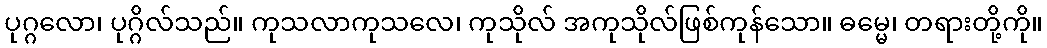
ပုဂ္ဂလော၊ ပုဂ္ဂိလ်သည်။ ကုသလာကုသလေ၊ ကုသိုလ် အကုသိုလ်ဖြစ်ကုန်သော။ ဓမ္မေ၊ တရားတို့ကို။